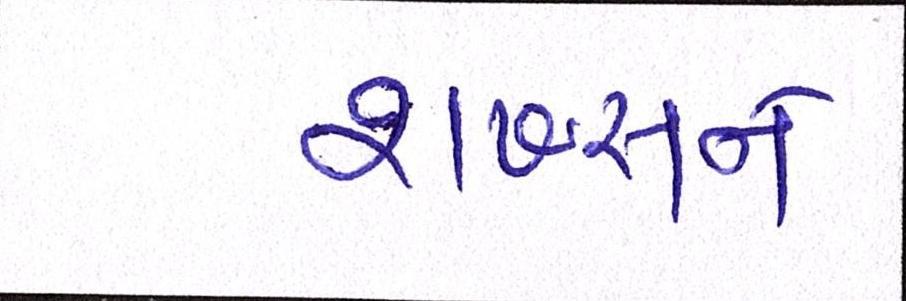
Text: શખ્સને